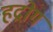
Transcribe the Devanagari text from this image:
हद्रोग